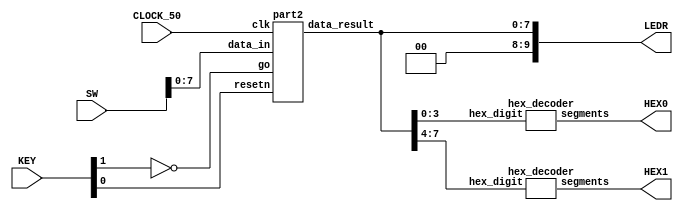
//Sw[7:0] data_in

//KEY[0] synchronous reset when pressed
//KEY[1] go signal

//LEDR displays result
//HEX0 & HEX1 also displays result

module poly_function(SW, KEY, CLOCK_50, LEDR, HEX0, HEX1);
    input [9:0] SW;
    input [3:0] KEY;
    input CLOCK_50;
    output [9:0] LEDR;
    output [6:0] HEX0, HEX1;

    wire resetn;
    wire go;

    wire [7:0] data_result;
    assign go = ~KEY[1];
    assign resetn = KEY[0];

    part2 u0(
        .clk(CLOCK_50),
        .resetn(resetn),
        .go(go),
        .data_in(SW[7:0]),
        .data_result(data_result)
    );
      
    assign LEDR[9:0] = {2'b00, data_result};

    hex_decoder H0(
        .hex_digit(data_result[3:0]), 
        .segments(HEX0)
    );
        
    hex_decoder H1(
        .hex_digit(data_result[7:4]), 
        .segments(HEX1)
    );

endmodule

module part2(
        input clk,
        input resetn,
        input go,
        input [7:0] data_in,
        output [7:0] data_result
    );

    // lots of wires to connect our datapath and control
    wire ld_a, ld_b, ld_c, ld_x, ld_r;
    wire ld_alu_out;
    wire [1:0]  alu_select_a, alu_select_b;
    wire alu_op;

    control C0(
        .clk(clk),
        .resetn(resetn),
        
        .go(go),
        
        .ld_alu_out(ld_alu_out), 
        .ld_x(ld_x),
        .ld_a(ld_a),
        .ld_b(ld_b),
        .ld_c(ld_c), 
        .ld_r(ld_r), 
        
        .alu_select_a(alu_select_a),
        .alu_select_b(alu_select_b),
        .alu_op(alu_op)
    );

    datapath D0(
        .clk(clk),
        .resetn(resetn),

        .ld_alu_out(ld_alu_out), 
        .ld_x(ld_x),
        .ld_a(ld_a),
        .ld_b(ld_b),
        .ld_c(ld_c), 
        .ld_r(ld_r), 

        .alu_select_a(alu_select_a),
        .alu_select_b(alu_select_b),
        .alu_op(alu_op),

        .data_in(data_in),
        .data_result(data_result)
    );
                
 endmodule        
                

module control(
        input clk,
        input resetn,
        input go,

        output reg  ld_a, ld_b, ld_c, ld_x, ld_r,
        output reg  ld_alu_out,
        output reg [1:0]  alu_select_a, alu_select_b,
        output reg alu_op
    );

    reg [3:0] current_state, next_state; 
    
    localparam  S_LOAD_A        = 4'd0,
                S_LOAD_A_WAIT   = 4'd1,
                S_LOAD_B        = 4'd2,
                S_LOAD_B_WAIT   = 4'd3,
                S_LOAD_C        = 4'd4,
                S_LOAD_C_WAIT   = 4'd5,
                S_LOAD_X        = 4'd6,
                S_LOAD_X_WAIT   = 4'd7,
                S_CYCLE_0       = 4'd8,
                S_CYCLE_1       = 4'd9,
                S_CYCLE_2       = 4'd10,
				S_CYCLE_3       = 4'd11,
	        	S_CYCLE_4       = 4'd12;
    
    // Next state logic aka our state table
    always@(*)
    begin: state_table 
            case (current_state)
                // Loop in current state until value is input
                S_LOAD_A: next_state = go ? S_LOAD_A_WAIT : S_LOAD_A; 
                // Loop in current state until go signal goes low
                S_LOAD_A_WAIT: next_state = go ? S_LOAD_A_WAIT : S_LOAD_B; 
                // Loop in current state until value is input
                S_LOAD_B: next_state = go ? S_LOAD_B_WAIT : S_LOAD_B; 
                // Loop in current state until go signal goes low
                S_LOAD_B_WAIT: next_state = go ? S_LOAD_B_WAIT : S_LOAD_C; 
                // Loop in current state until value is input
                S_LOAD_C: next_state = go ? S_LOAD_C_WAIT : S_LOAD_C; 
                // Loop in current state until go signal goes low
                S_LOAD_C_WAIT: next_state = go ? S_LOAD_C_WAIT : S_LOAD_X; 
                // Loop in current state until value is input
                S_LOAD_X: next_state = go ? S_LOAD_X_WAIT : S_LOAD_X; 
                // Loop in current state until go signal goes low
                S_LOAD_X_WAIT: next_state = go ? S_LOAD_X_WAIT : S_CYCLE_0; 
                S_CYCLE_0: next_state = S_CYCLE_1;
                // we will be done our two operations, start over after
				S_CYCLE_1: next_state = S_CYCLE_2;
		    	S_CYCLE_2: next_state = S_CYCLE_3;
				S_CYCLE_3: next_state = S_CYCLE_4;
                S_CYCLE_4: next_state = S_LOAD_A; 
            default:     next_state = S_LOAD_A;
        endcase
    end // state_table
   

    // Output logic aka all of our datapath control signals
    always @(*)
    begin: enable_signals
        // By default make all our signals 0
        ld_alu_out = 1'b0;
        ld_a = 1'b0;
        ld_b = 1'b0;
        ld_c = 1'b0;
        ld_x = 1'b0;
        ld_r = 1'b0;
        alu_select_a = 2'b00;
        alu_select_b = 2'b00;
        alu_op       = 1'b0;

        case (current_state)
            S_LOAD_A: begin
                ld_a = 1'b1;
                end
            S_LOAD_B: begin
                ld_b = 1'b1;
                end
            S_LOAD_C: begin
                ld_c = 1'b1;
                end
            S_LOAD_X: begin
                ld_x = 1'b1;
                end
            S_CYCLE_0:
				begin
                ld_alu_out = 1'b1;
					 ld_a = 1'b1;
					 alu_select_a = 2'b00;
					 alu_select_b = 2'b11;
					 alu_op = 1'b1;
            end
            S_CYCLE_1: 
				begin
					 ld_alu_out = 1'b1;
					 ld_a = 1'b1;
					 alu_select_a = 2'b00;
					 alu_select_b = 2'b11;
					 alu_op = 1'b1;
            end
				S_CYCLE_2: 
				begin
					ld_alu_out = 1'b1;
					ld_b = 1'b1;
					alu_select_a = 2'b01;
					alu_select_b = 2'b11;
					alu_op = 1'b1;
            end
				S_CYCLE_3: 
				begin
					ld_alu_out = 1'b1;
					ld_a = 1'b1;
					alu_select_a = 2'b00;
					alu_select_b = 2'b01;
					alu_op = 1'b0;
            end
				S_CYCLE_4: 
				begin
					ld_r = 1'b1;
					alu_select_a = 2'b00;
					alu_select_b = 2'b10;
					alu_op = 1'b0;
            end
        // default:    // don't need default since we already made sure all of our outputs were assigned a value at the start of the always block
        endcase
    end // enable_signals
   
    // current_state registers
    always@(posedge clk)
    begin: state_FFs
        if(!resetn)
            current_state <= S_LOAD_A;
        else
            current_state <= next_state;
    end // state_FFS
endmodule

// (*) Note: Specifying the I/O in the function header is also possible.
module datapath(
        input clk,
        input resetn,
        input [7:0] data_in,
        input ld_alu_out, 
        input ld_x, ld_a, ld_b, ld_c,
        input ld_r,
        input alu_op, 
        input [1:0] alu_select_a, alu_select_b,
        output reg [7:0] data_result
    );
    
    // input registers
    reg [7:0] a, b, c, x;

    // output of the alu
    reg [7:0] alu_out;
    // alu input muxes
    reg [7:0] alu_a, alu_b;
    
    // Registers a, b, c, x with respective input logic
    always @ (posedge clk) begin
        if (!resetn) begin
            a <= 8'd0; 
            b <= 8'd0; 
            c <= 8'd0; 
            x <= 8'd0; 
        end
        else begin
            if (ld_a)
                a <= ld_alu_out ? alu_out : data_in; 
                // load alu_out if load_alu_out signal is high, otherwise load from data_in
            if (ld_b)
                b <= ld_alu_out ? alu_out : data_in; 
                // load alu_out if load_alu_out signal is high, otherwise load from data_in
            if (ld_x)
                x <= data_in;

            if (ld_c)
                c <= data_in;
        end
    end
 
    // Output result register
    always @ (posedge clk) begin
        if (!resetn) begin
            data_result <= 8'd0; 
        end
        else 
            if(ld_r)
                data_result <= alu_out;
    end

    // The ALU input multiplexers
    always @(*)
    begin
        case (alu_select_a)
            2'd0:
                alu_a = a;
            2'd1:
                alu_a = b;
            2'd2:
                alu_a = c;
            2'd3:
                alu_a = x;
            default: alu_a = 8'd0;
        endcase

        case (alu_select_b)
            2'd0:
                alu_b = a;
            2'd1:
                alu_b = b;
            2'd2:
                alu_b = c;
            2'd3:
                alu_b = x;
            default: alu_b = 8'd0;
        endcase
    end

    // The ALU 
    always @(*)
    begin : ALU
        // alu
        case (alu_op)
            0: begin
                   alu_out = alu_a + alu_b; //performs addition
               end
            1: begin
                   alu_out = alu_a * alu_b; //performs multiplication
               end
            default: alu_out = 8'd0;
        endcase
    end
    
endmodule

// re-written using hexadecimal, this is better!
// New implementation in the handout
module hex_decoder(hex_digit, segments);
    input [3:0] hex_digit;
    output reg [6:0] segments;
   
    always @(*)
        case (hex_digit)
            4'h0: segments = 7'b100_0000;
            4'h1: segments = 7'b111_1001;
            4'h2: segments = 7'b010_0100;
            4'h3: segments = 7'b011_0000;
            4'h4: segments = 7'b001_1001;
            4'h5: segments = 7'b001_0010;
            4'h6: segments = 7'b000_0010;
            4'h7: segments = 7'b111_1000;
            4'h8: segments = 7'b000_0000;
            4'h9: segments = 7'b001_1000;
            4'hA: segments = 7'b000_1000;
            4'hB: segments = 7'b000_0011;
            4'hC: segments = 7'b100_0110;
            4'hD: segments = 7'b010_0001;
            4'hE: segments = 7'b000_0110;
            4'hF: segments = 7'b000_1110;   
            default: segments = 7'h7f;
        endcase
endmodule